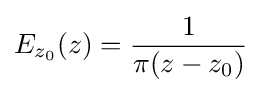
E_{z_{0}}(z)={\frac {1}{\pi (z-z_{0})}}